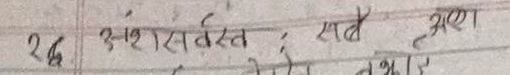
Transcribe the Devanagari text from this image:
२६ अंशसर्त सबै अण